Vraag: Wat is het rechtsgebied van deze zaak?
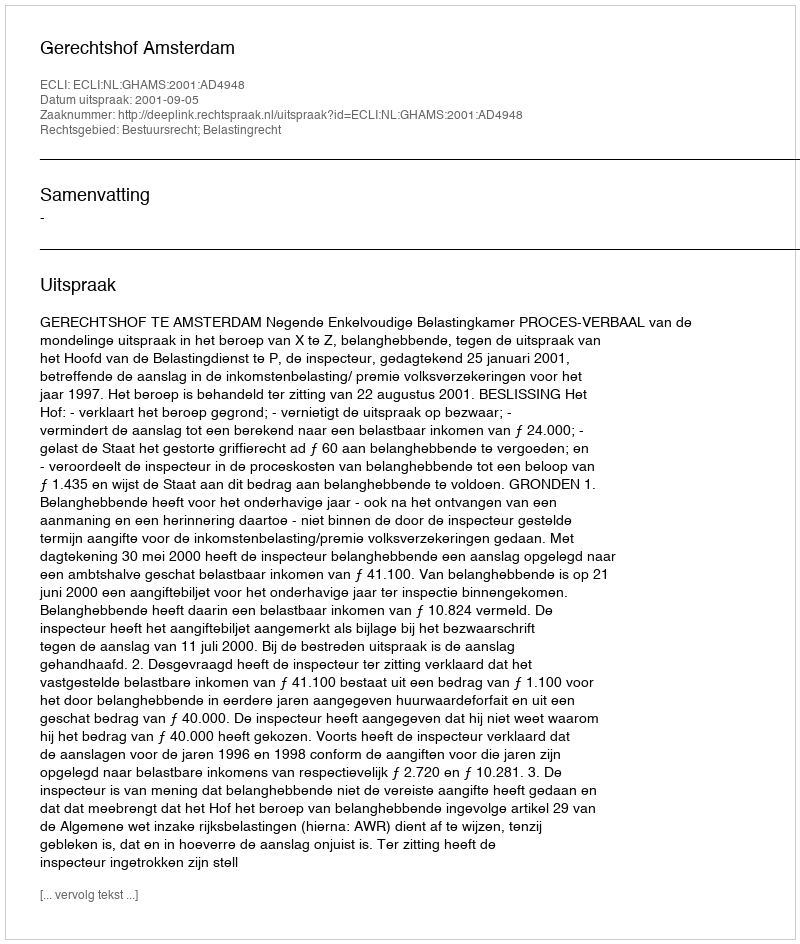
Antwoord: Bestuursrecht; Belastingrecht